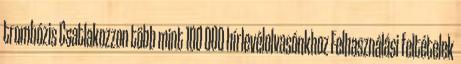
trombózis Csatlakozzon több mint 100 000 hírlevélolvasónkhoz Felhasználási feltételek